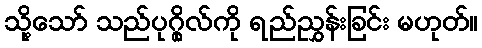
သို့သော် သည်ပုဂ္ဂိုလ်ကို ရည်ညွှန်းခြင်း မဟုတ်။